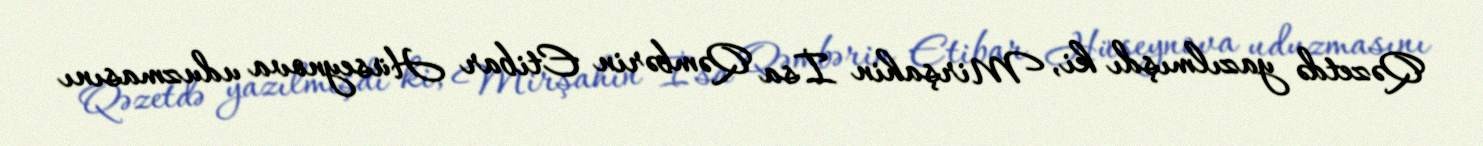
Qəzetdə yazılmışdı ki, Mirşahin İsa Qəmbərin Etibar Hüseynova uduzmasını